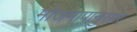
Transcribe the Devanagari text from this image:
मोजमापानुसार